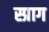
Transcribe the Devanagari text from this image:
स्प्राग